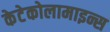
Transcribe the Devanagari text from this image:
केटेकोलामाइन्स